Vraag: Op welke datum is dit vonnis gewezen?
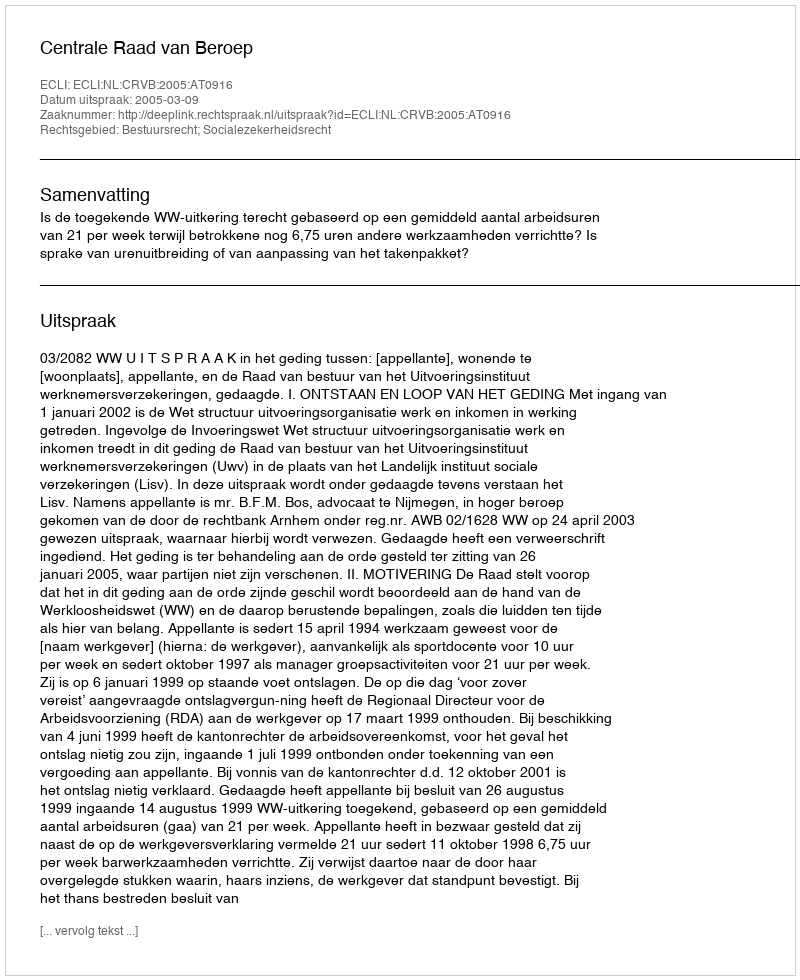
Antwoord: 2005-03-09